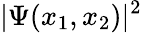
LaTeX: |\Psi(x_{1},x_{2})|^{2}